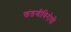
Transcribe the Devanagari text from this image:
खंडणीविरोधी